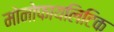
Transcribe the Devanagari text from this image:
मोनोफायलिटिक